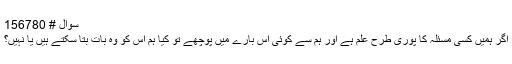
سوال # 156780
اگر ہمیں کسی مسئلہ کا پوری طرح علم ہے اور ہم سے کوئی اس بارے میں پوچھے تو کیا ہم اس کو وہ بات بتا سکتے ہیں یا نہیں؟